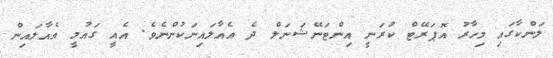
ލަންކާގައި މިހާރު އޮޕަރޭޓް ކުރަނީ އިންޓަނޭޝަނަލް ދެ އެއާލައިނަކުންނެވެ. އެއީ ގައުމީ އެއާލައިން